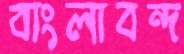
বাংলাবন্দ